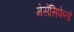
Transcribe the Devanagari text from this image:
मेसेंसिफेलों